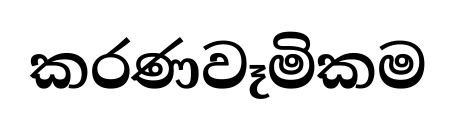
කරණවෑමිකම